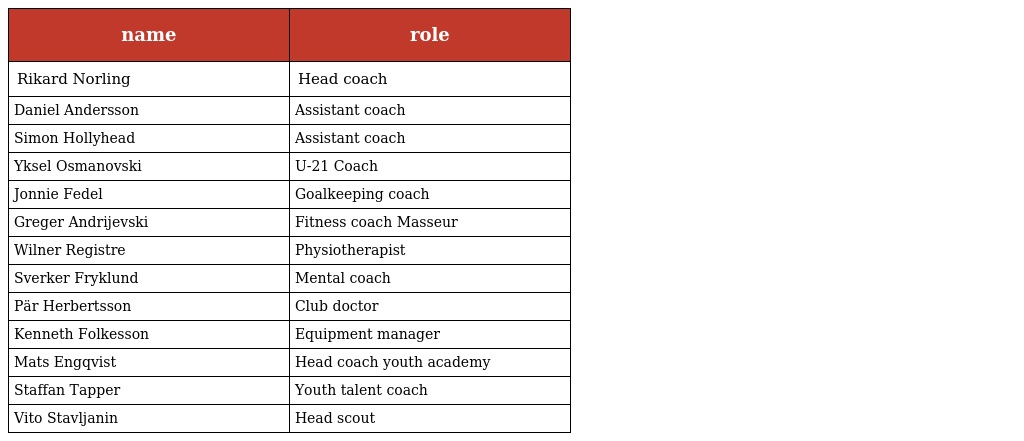
| name | role |
 | --- | --- |
 | Rikard Norling | Head coach |
 | Daniel Andersson | Assistant coach |
 | Simon Hollyhead | Assistant coach |
 | Yksel Osmanovski | U-21 Coach |
 | Jonnie Fedel | Goalkeeping coach |
 | Greger Andrijevski | Fitness coach Masseur |
 | Wilner Registre | Physiotherapist |
 | Sverker Fryklund | Mental coach |
 | Pär Herbertsson | Club doctor |
 | Kenneth Folkesson | Equipment manager |
 | Mats Engqvist | Head coach youth academy |
 | Staffan Tapper | Youth talent coach |
 | Vito Stavljanin | Head scout |